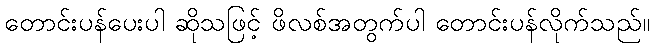
တောင်းပန်ပေးပါ ဆိုသဖြင့် ဖိလစ်အတွက်ပါ တောင်းပန်လိုက်သည်။